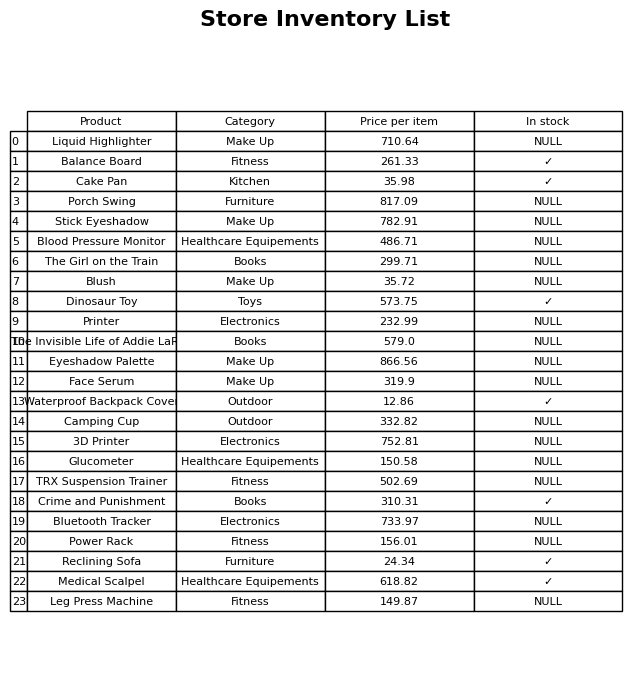
question: Is the Leg Press Machine in stock?
answer: NULL